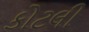
કોટલી